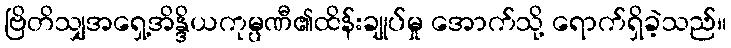
ဗြိတိသျှအရှေ့အိန္ဒိယကုမ္ပဏီ၏ထိန်းချုပ်မှု အောက်သို့ ရောက်ရှိခဲ့သည်။